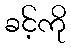
ခင့်ကို